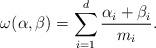
LaTeX: \begin{align*}\omega(\alpha, \beta) = \sum_{i=1}^d \frac{ \alpha_i+\beta_i}{m_i}.\end{align*}